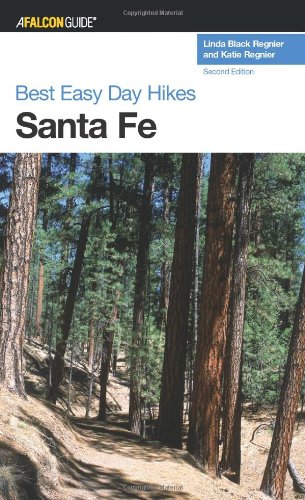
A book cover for Best Easy Day Hikes Santa Fe (Best Easy Day Hikes Series); Linda Black Regnier; Travel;